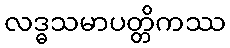
လဒ္ဓသမာပတ္တိကဿ